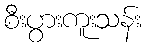
စီးပွားကူးသန်း